Memorandum on the prevention of leprosy by segregation of the affected
Disease focus: Leprosy
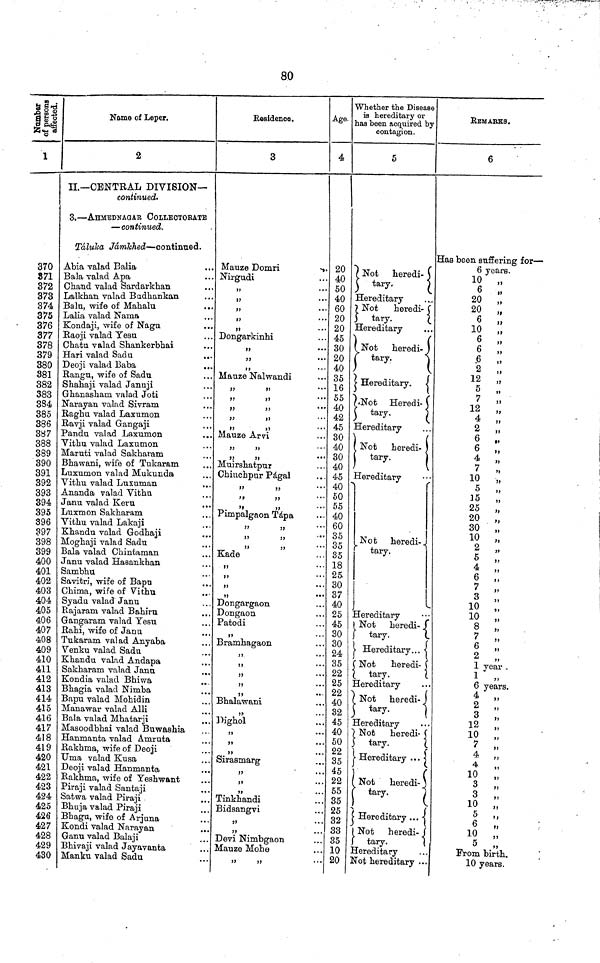
80
Number of .
persons
affected.
1
370
871
372
373
374
375
376
377
378
379
380
381
382
383
384
385
386
387
388
389
390
391
392
393
394
395
396
397
398
399
400
401
402
403
404
405
406
407
408
409
410
411
412
413
414
415
416
417
418
419
420
421
422
423
424
425
426
427
428
429
430
Name of Leper.
2
II.— CENTRAL DIVISION—
continued'
3, — AHMEDNAGAR COLLECTORATE
— continued.
Táluka Jámkhed — continued.
Abia valad Balia
Bala valad Apa
Chand valad Sardarkhan
Lalkhan valad Budhankan
Balu, wife of Mahalu
...
Lalia valad Nama
Kondaji, wife of Nagu
Raoji valad Yesu
Chatu valad Shankerbhai
Hari valad Sadu
...
Deoji valad Baba
Rangu, wife of Sadu
Shahaji valad Januji
Ghanasham valad Joti
Narayan valad Sivram
Raghu valad Laxumon
Ravji valad Gangaji
Pandu valad Laxumon
...
Vithu valad Laxumon
Maruti valad Sakharam
Bhawani, wife of Tukaram
Luxumon valad Mukunda
Vithu valad Luxuman
Ananda valad Vithu
Janu valad Keru
Luxmon Sakharam
Vithu valad Lakaji
Khandu valad Godhaji
Moghaji valad Sadu
Bala valad Chintaman
Janu valad Hasankhan
Sambhu
Savitri, wife of Bapu
Chima, wife of Vithu
Syadu valad Janu
Rajaram valad Bahiru
Gangaram valad Yesu
Rahi, wife of Janu
Tukaram valad Any aba
Venku valad Sadu
Khandu valad Andapa
Sakharam valad Janu
.
Kondia valad Bhiwa
Bhagia valad Nimba
Bapu valad Mohidin
Manawar valad Alli
Bala valad Mhatarji
Masoodbhai valad Buwashia
Hanmanta valad Amruta
Rakhma, wife of Deoji
Uma valad Kusa
Deoji valad Hanmanta
Rakhma, wife of Yeshwant
Piraji valad Santaji
Satwa valad Piraji
Bhuja valad Piraji
Bhagu, wife of Arjuna
Kondi valad Narayan
Ganu valad Balaji
Bhivaji valad Jayavanta
Manku valad Sadu
Residence.
3
Mauze Domri
.
Nirgudi
,,
...
„
,,
,,
,,
Dongarkinhi
,,
,,
...
,,
Mauze Nalwandi
,,
,
,,
,,
,,
,,
Mauze Arvi
,,
,,
,,
Muirshatpur
Chiuchpur Págal
,,
,,
,,
,,
,,
Pimpalgaon Tápa
,,
,,
,,
,,
,,
,,
Kade
,,
,,
,,
Dongargaon
Dongaon
Patodi
,,
Bramhagaon
,,
,,
,,
. .
,,
Bhalawani
,,
...
Dighol
,,
" . ..
Sirasmarg
,,
,,
,,
...
Tinkhandi
Bidsangvi
,,
,,
.
Devi Nimbgaon
Mauze Mohe
,,,
,,
Age.
4
20
40
50
40
60
20
20
45
30
20
40
35
16
55
40
42
45
30
40
30
40
45
40
50
55
40
60
35
35
35
18
25
30
37
40
25
45
30
30
24
35
22
25
22
40
32
45
40
50
22
45
22
55
35
25
32
33
35
10
20
Whether the Disease
is hereditary or
has been acquired by
contagion.
5
N
ot heredi-
t
ary.
Hereditary
Not
heredi-
tary.
Hereditary
Not
heredi-
tary.
Hereditary.
Not
Heredi-
tary.
Hereditary
Not heredi-
tary.
Hereditary
Not
heredi-
tary.
Hereditary
Not heredi-
tary.
Hereditary...
Not
heredi-
tary.
Hereditary
Not heredi-
tary.
Hereditary
7 Not
heredi-
tary.
Hereditary . . .
Not heredi-
tary.
Hereditary ...
Not heredi-
tary.
Hereditary
Not hereditary .
REMARKS.
6
Has been suffering for —
6 years.
10
"
6 „
20 „
20
„
6
„
10 „
6 „
6
„
6
„
2
„
12
"
5 "
7
"
12
"
4
"
2
"
6
"
6
"
4 "
7 "
10
"
5 "
35 "
25 "
20 "
30 "
10 "
2 "
5 "
4 "
6 "
7 "
3 "
10 "
10 "
8 "
7 "
6 "
2 "
1 year .
6 years,
4 "
2 "
3 "
12 „
10 "
7
"
4 "
4 "
10 "
3 "
3 "
10 "
10 „
5 „
From birth.
10 years.